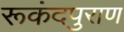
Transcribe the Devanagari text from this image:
रूकंदपुराण